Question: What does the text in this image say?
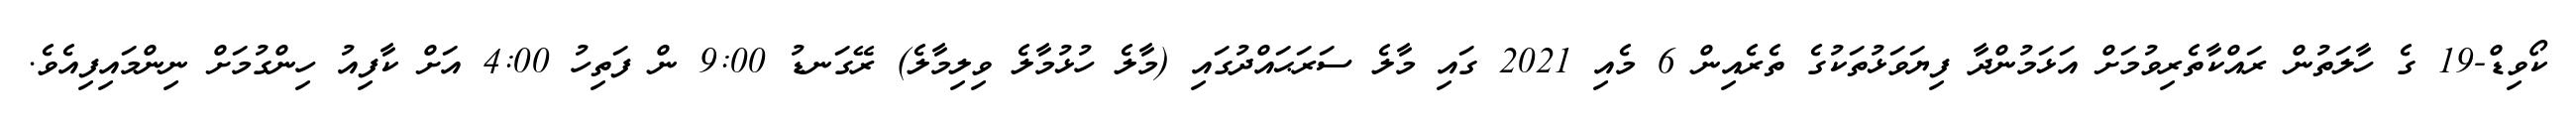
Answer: ކޯވިޑް-19 ގެ ހާލަތުން ރައްކާތެރިވުމަށް އަޅަމުންދާ ފިޔަވަޅުތަކުގެ ތެރެއިން 6 މެއި 2021 ގައި މާލެ ސަރަޙައްދުގައި (މާލެ ހުޅުމާލެ ވިލިމާލެ) ރޭގަނޑު 9:00 ން ފަތިހު 4:00 އަށް ކާފިއު ހިންގުމަށް ނިންމައިފިއެވެ.